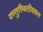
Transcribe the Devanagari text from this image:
वस्तुस्थितीवरून